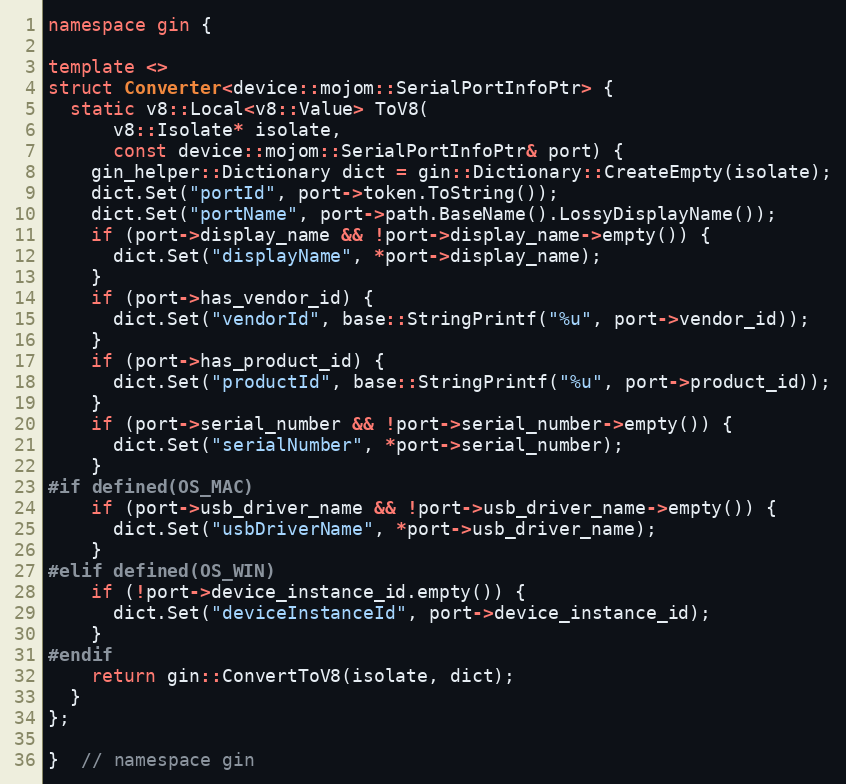
Language: C++
namespace gin {

template <>
struct Converter<device::mojom::SerialPortInfoPtr> {
  static v8::Local<v8::Value> ToV8(
      v8::Isolate* isolate,
      const device::mojom::SerialPortInfoPtr& port) {
    gin_helper::Dictionary dict = gin::Dictionary::CreateEmpty(isolate);
    dict.Set("portId", port->token.ToString());
    dict.Set("portName", port->path.BaseName().LossyDisplayName());
    if (port->display_name && !port->display_name->empty()) {
      dict.Set("displayName", *port->display_name);
    }
    if (port->has_vendor_id) {
      dict.Set("vendorId", base::StringPrintf("%u", port->vendor_id));
    }
    if (port->has_product_id) {
      dict.Set("productId", base::StringPrintf("%u", port->product_id));
    }
    if (port->serial_number && !port->serial_number->empty()) {
      dict.Set("serialNumber", *port->serial_number);
    }
#if defined(OS_MAC)
    if (port->usb_driver_name && !port->usb_driver_name->empty()) {
      dict.Set("usbDriverName", *port->usb_driver_name);
    }
#elif defined(OS_WIN)
    if (!port->device_instance_id.empty()) {
      dict.Set("deviceInstanceId", port->device_instance_id);
    }
#endif
    return gin::ConvertToV8(isolate, dict);
  }
};

}  // namespace gin